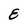
Character: E